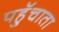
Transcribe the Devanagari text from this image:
पहुॅचाता